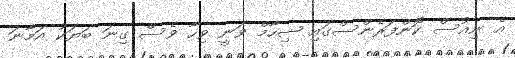
އެ ނިއުސް ކޮންފަރެންސްގައި ޝިހާމް ވަނީ ވިހާ ވެސް ގިނަ ބަޔަކު އަމާނަ